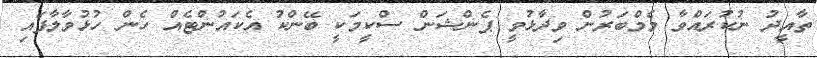
ތާއީދު ނުކުރައްވާ މެމްބަރުން ވިދާޅުވީ ޕެންޝަން ސްކީމަކީ ބޭންކު އެކައުންޓެއް ހެން ހުޅުވާލާފައި